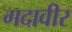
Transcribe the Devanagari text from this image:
गदावीर